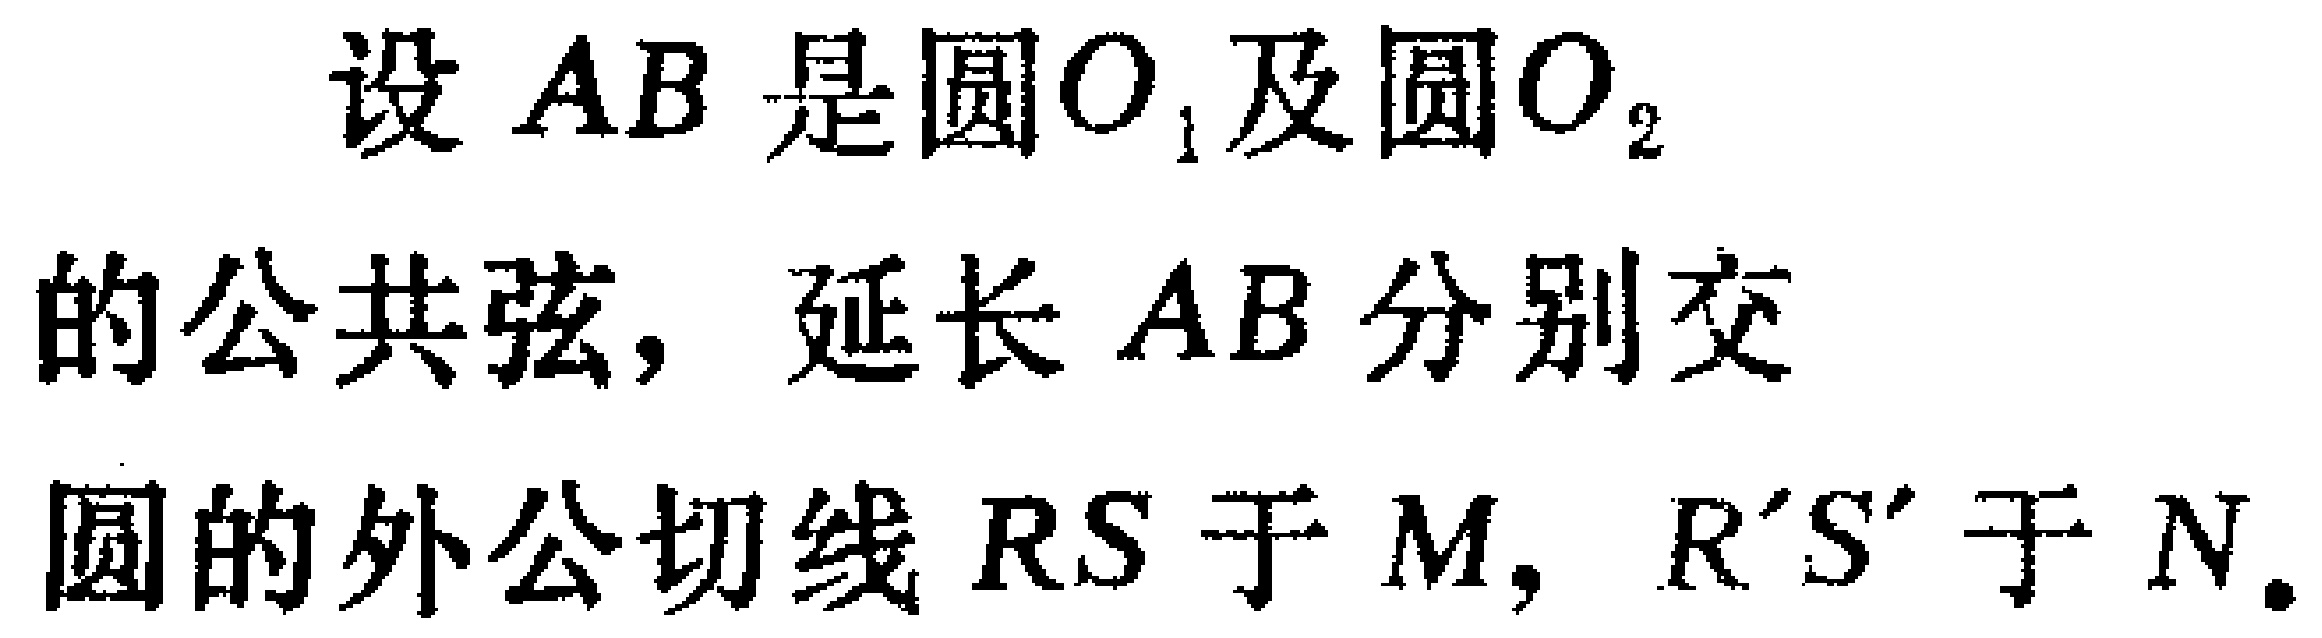
设 \(AB\) 是圆 \(O_{1}\)及圆 \(O_{2}\) 的公共弦，延长 \(AB\) 分别交圆的外公切线 \(RS\) 于 \(M\)，\(R'S'\) 于 \(N\)。